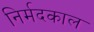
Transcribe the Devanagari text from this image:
निर्मदकाल